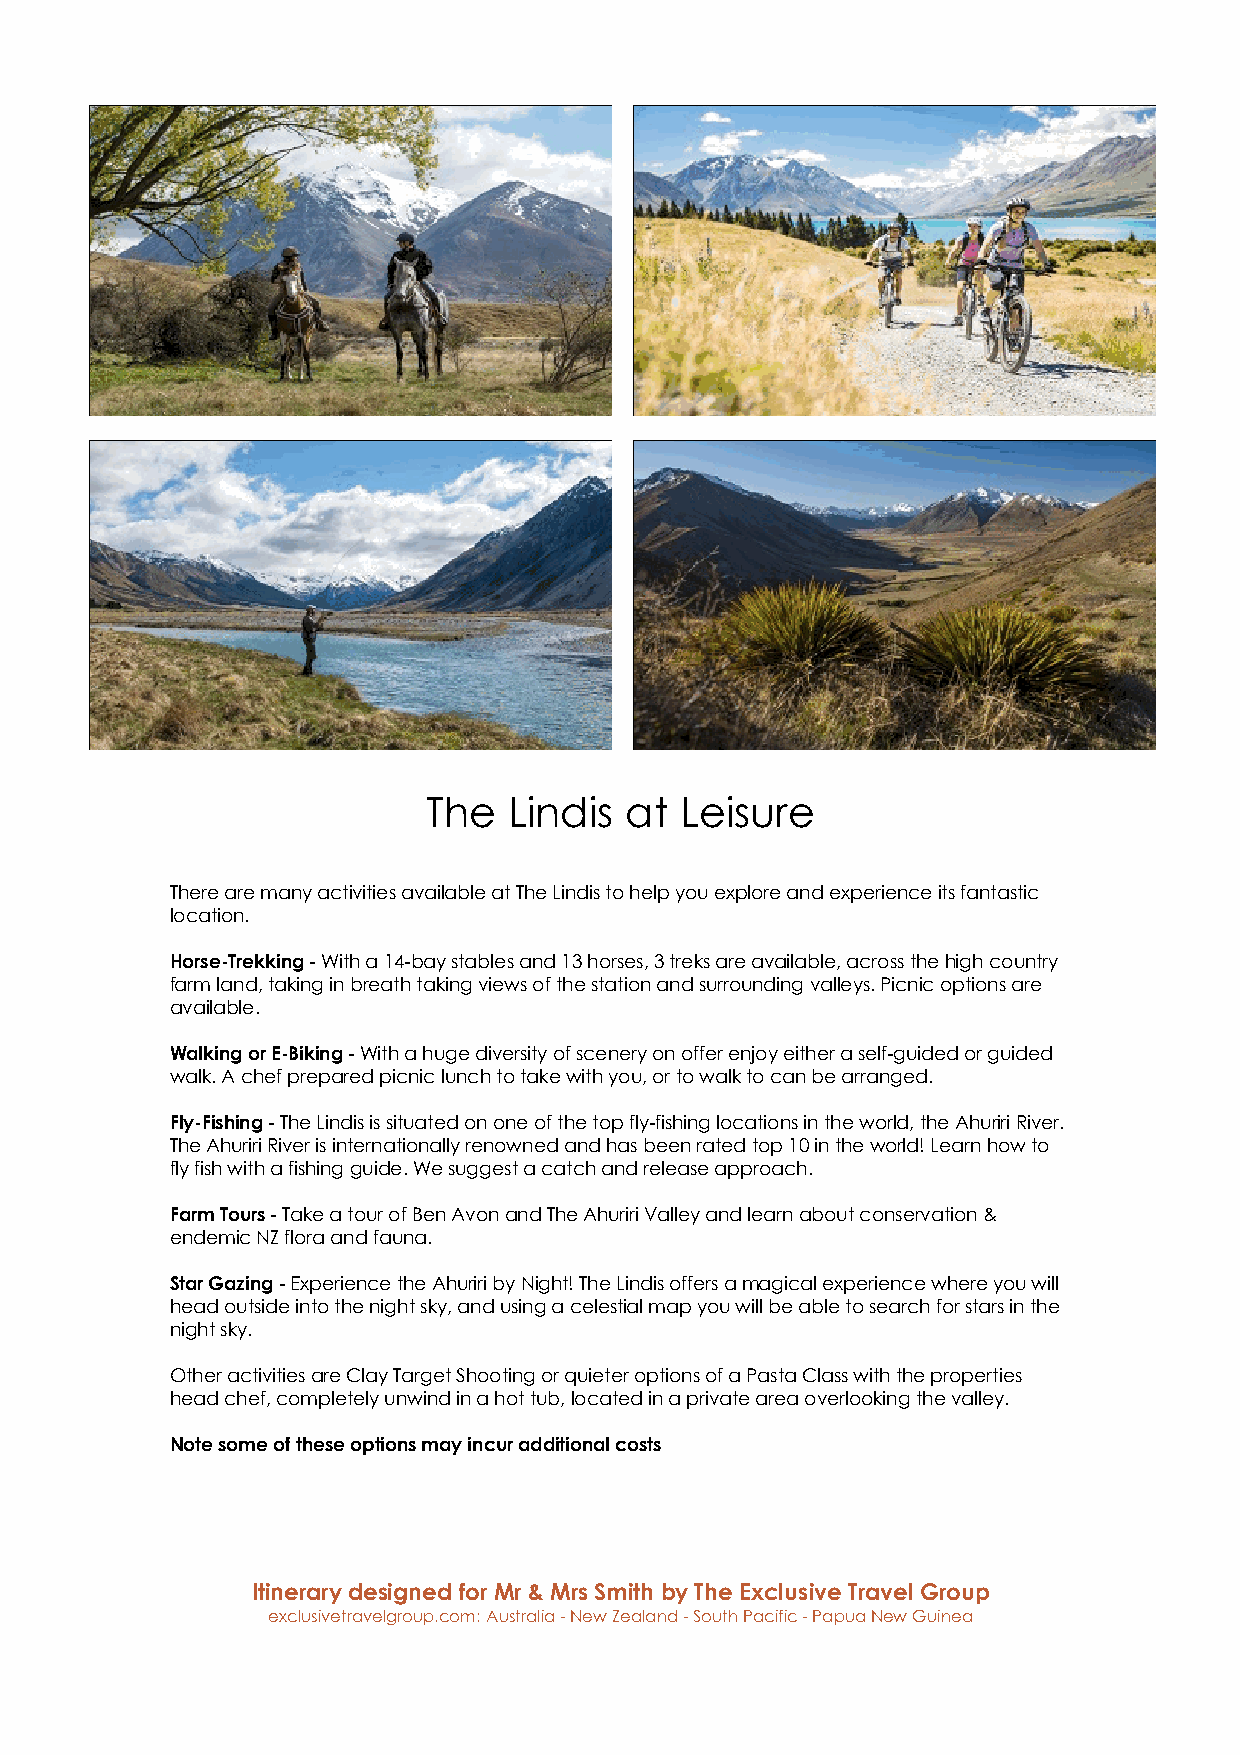
The   Lindis at  Leisure
 There are many activities available at The Lindis to help you explore and experience its fantastic
 location.
 Horse-Trekking - With a 14-bay stables and 13 horses, 3 treks are available, across the high country
 farm land, taking in breath taking views of the station and surrounding valleys. Picnic options are
 available.
 Walking or E-Biking - With a huge diversity of scenery on offer enjoy either a self-guided or guided
 walk. A chef prepared picnic lunch to take with you, or to walk to can be arranged.
 Fly-Fishing - The Lindis is situated on one of the top fly-fishing locations in the world, the Ahuriri River.
 The Ahuriri River is internationally renowned and has been rated top 10 in the world! Learn how to
 fly fish with a fishing guide. We suggest a catch and release approach.
 Farm Tours - Take a tour of Ben Avon and The Ahuriri Valley and learn about conservation &
 endemic NZ flora and fauna.
 Star Gazing - Experience the Ahuriri by Night! The Lindis offers a magical experience where you will
 head outside into the night sky, and using a celestial map you will be able to search for stars in the
 night sky.
 Other activities are Clay Target Shooting or quieter options of a Pasta Class with the properties
 head chef, completely unwind in a hot tub, located in a private area overlooking the valley.
 Note some of these options may incur additional costs
 Itinerary designed for Mr & Mrs Smith by The Exclusive Travel Group
 exclusivetravelgroup.com: Australia - New Zealand - South Pacific - Papua New Guinea